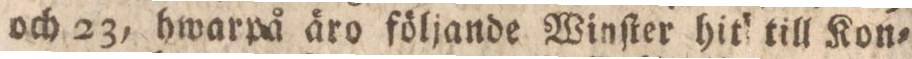
och 23, hwarpå äro följande Winſter hit till Kon=